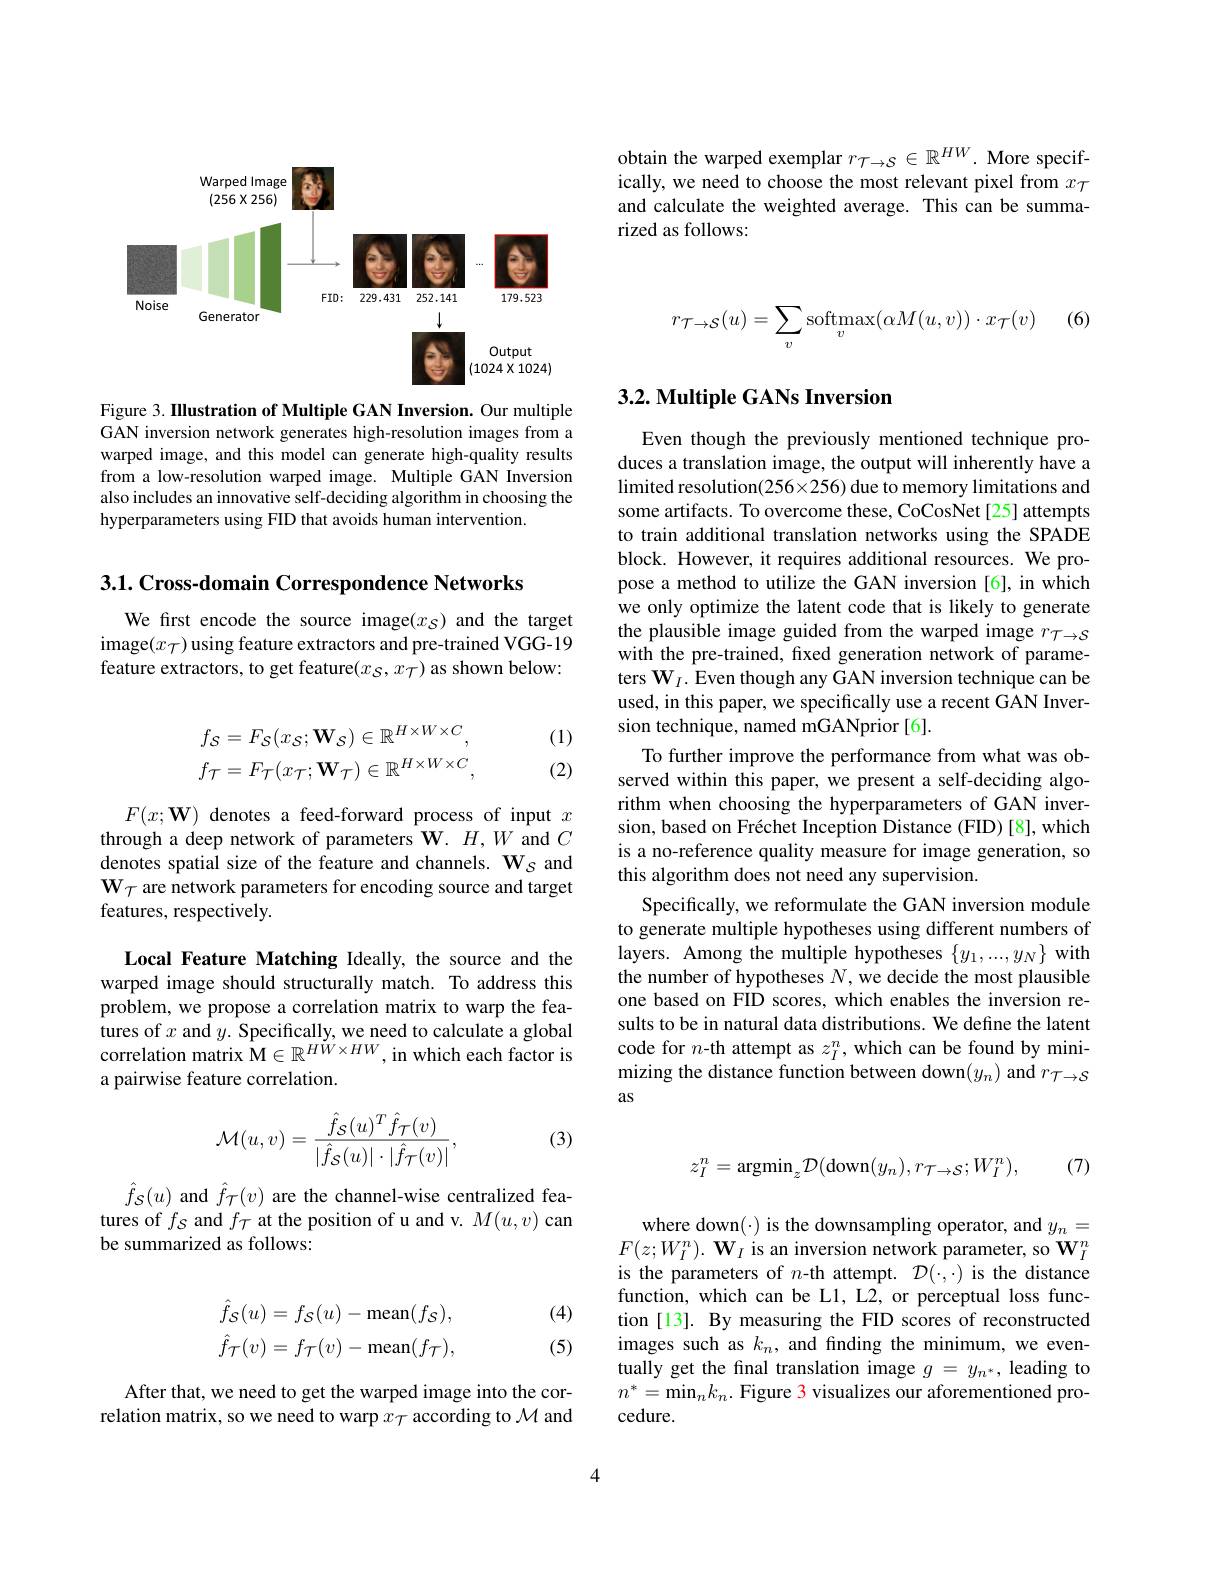
obtain the warped exemplar $r_{\mathcal{T}\to\mathcal{S}}\in\mathbb{R}^{HW}.$ More specifically, we need to choose the most relevant pixel from $x_{\mathcal{T}}$ and calculate the weighted average. This can be summarized as follows:

<FigureHere>

Figure 3. IIlustration of Multiple GAN Inversion. Our multiple GAN inversion network generates high-resolution images from a warped image, and this model can generate high-quality results from a low-resolution warped image. Multiple GAN Inversion also includes an innovative self-deciding algorithm in choosing the hyperparameters using FID that avoids human intervention.

3.1. Cross-domain Correspondence Networks

We first encode the source image$(x_{\mathcal{S}})$ and the target image$(x_{\mathcal{T}})$ using feature extractors and pre-trained VGG-19 feature extractors, to get feature$(x_\mathcal{S},x_\mathcal{T})$ as shown below:

(1)
$$\begin{aligned}f_{\mathcal{S}}&=F_{\mathcal{S}}(x_{\mathcal{S}};\mathbf{W}_{\mathcal{S}})\in\mathbb{R}^{H\times W\times C},\\f_{\mathcal{T}}&=F_{\mathcal{T}}(x_{\mathcal{T}};\mathbf{W}_{\mathcal{T}})\in\mathbb{R}^{H\times W\times C},\end{aligned}$$
(2)

$F(x;\mathbf{W})$ denotes a feed-forward process of input $x$ through a deep network of parameters W. $H,W$ and $C$ denotes spatial size of the feature and channels. $\mathbf{W}_{S}$ and $\mathbf{W}_{\mathcal{T}}$ are network parameters for encoding source and target features, respectively.

Local Feature Matching Ideally, the source and the warped image should structurally match. To address this problem, we propose a correlation matrix to warp the features of $x$ and $y.$ Specifically, we need to calculate a global correlation matrix M$\in \mathbb{R} ^{HW\times HW}$,in which each factor is a pairwise feature correlation.
$$\mathcal{M}(u,v)=\frac{\hat{f}_{\mathcal{S}}(u)^T\hat{f}_{\mathcal{T}}(v)}{|\hat{f}_{\mathcal{S}}(u)|\cdot|\hat{f}_{\mathcal{T}}(v)|},$$
(3)

$\hat{f}_{\mathcal{S}}(u)$ and $\hat{f}_{\mathcal{T}}(v)$ are the channel-wise centralized features of $f_S$ and $f_{\mathcal{T}}$ at the position of u and v. $M(u,v)$ can be summarized as follows:
$$\hat{f}_{\mathcal{S}}(u)=f_{\mathcal{S}}(u)-\mathrm{mean}(f_{\mathcal{S}}),\\\hat{f}_{\mathcal{T}}(v)=f_{\mathcal{T}}(v)-\mathrm{mean}(f_{\mathcal{T}}),$$
(4) (5)

After that, we need to get the warped image into the correlation matrix, so we need to warp $x_{\mathcal{T}}$ according to $\mathcal{M}$ and

(6)
$$r_{\mathcal{T}\to\mathcal{S}}(u)=\sum_{v}\mathrm{softmax}(\alpha M(u,v))\cdot x_{\mathcal{T}}(v)$$
## 3.2. Multiple GANs Inversion

Even though the previously mentioned technique produces a translation image, the output will inherently have a limited resolution(256×256) due to memory limitations and some artifacts. To overcome these, CoCosNet[25] attempts to train additional translation networks using the SPADE block. However, it requires additional resources. We propose a method to utilize the GAN inversion [6], in which we only optimize the latent code that is likely to generate the plausible image guided from the warped image $r_\mathcal{T}\to\mathcal{S}$ with the pre-trained, fxed generation network of parameters $\mathbf{W}_I.$ Even though any GAN inversion technique can be used, in this paper, we specifically use a recent GAN Inversion technique, named mGANprior[6].
To further improve the performance from what was observed within this paper, we present a self-deciding algorithm when choosing the hyperparameters of GAN inversion, based on Fréchet Inception Distance (FID) [8], which is a no-reference quality measure for image generation, so this algorithm does not need any supervision.
Specifically, we reformulate the GAN inversion module to generate multiple hypotheses using different numbers of layers. Among the multiple hypotheses $\{y_1,...,y_N\}$ with the number of hypotheses $N$, we decide the most plausible one based on FID scores, which enables the inversion results to be in natural data distributions. We define the latent code for $n$-th attempt as $z_I^n$, which can be found by minimizing the distance function between down($y_n)$ and $r_\mathcal{T}\to\mathcal{S}$ as

(7)
$$z_{I}^{n}=\mathrm{argmin}_{z}\mathcal{D}(\mathrm{down}(y_{n}),r_{\mathcal{T}\to\mathcal{S}};W_{I}^{n}),$$
where down(·) is the downsampling operator, and $y_n=$ $F(z;W_{I}^{n}).\textbf{ W}_{I}$ is an inversion network parameter, so $\mathbf{W}_{I}^{n}$ is the parameters of $n$-th attempt. $\mathcal{D}(\cdot,\cdot)$ is the distance function, which can be L1, L2, or perceptual loss function [13]. By measuring the FID scores of reconstructed images such as $k_n$, and finding the minimum, we eventually get the final translation image $g=y_{n^*}$, leading to $n^*=\operatorname*{min}_nk_n.$ Figure 3 visualizes our aforementioned procedure.

4